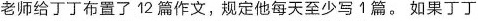
老师给丁丁布置了12篇作文，规定他每天至少写↑篇。如果丁丁